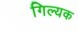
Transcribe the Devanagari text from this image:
गिल्यक